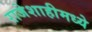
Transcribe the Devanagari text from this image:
राजेशाहीमध्ये